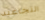
التجاعيد